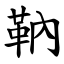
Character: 靹